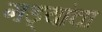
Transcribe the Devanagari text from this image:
गड्यांचा